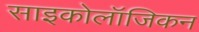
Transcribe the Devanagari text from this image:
साइकोलॉजिकन